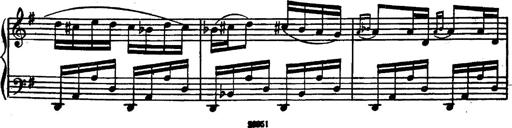
Title: Magyar rapszÃ³diÃ¡k
Composer: Franz Liszt